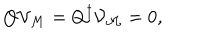
Q { \mathcal V } _ { \mathcal M } = Q ^ { \dagger } { \mathcal V } _ { \mathcal M } = 0 ,